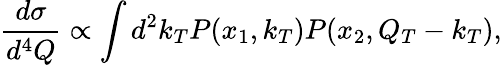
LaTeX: \frac{d\sigma}{d^{4}Q}\propto\int d^{2}k_{T}P(x_{1},k_{T})P(x_{2},Q_{T}-k_{T}),